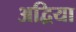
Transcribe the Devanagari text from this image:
अद्विया